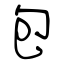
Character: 包